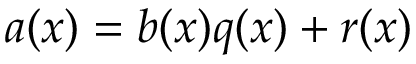
a ( x ) = b ( x ) q ( x ) + r ( x )